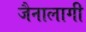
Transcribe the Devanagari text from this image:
जैनालागी